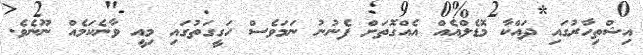
އިޝްތިހާރުގައި ދައްކާ މޮޑެލްއެއް އެއްގޮތަށް ފެނުނު ނަމަވެސް ހަގީގަތުގައި މިއީ ވާނެކަމެއް ނޫނެވެ.